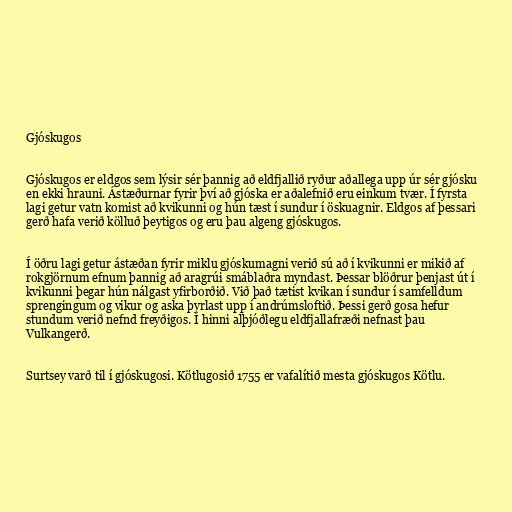
Gjóskugos

Gjóskugos er eldgos sem lýsir sér þannig að eldfjallið ryður aðallega upp úr sér gjósku
en ekki hrauni. Ástæðurnar fyrir því að gjóska er aðalefnið eru einkum tvær. Í fyrsta
lagi getur vatn komist að kvikunni og hún tæst í sundur í öskuagnir. Eldgos af þessari
gerð hafa verið kölluð þeytigos og eru þau algeng gjóskugos.

Í öðru lagi getur ástæðan fyrir miklu gjóskumagni verið sú að í kvikunni er mikið af
rokgjörnum efnum þannig að aragrúi smáblaðra myndast. Þessar blöðrur þenjast út í
kvikunni þegar hún nálgast yfirborðið. Við það tætist kvikan í sundur í samfelldum
sprengingum og vikur og aska þyrlast upp í andrúmsloftið. Þessi gerð gosa hefur
stundum verið nefnd freyðigos. Í hinni alþjóðlegu eldfjallafræði nefnast þau
Vulkangerð.

Surtsey varð til í gjóskugosi. Kötlugosið 1755 er vafalítið mesta gjóskugos Kötlu.